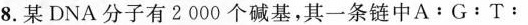
8. 某DNA分子有 2 000 个碱基，其一条链中 $$A ： G ： T ：